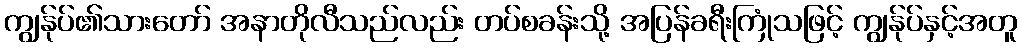
ကျွန်ုပ်၏သားတော် အနာတိုလီသည်လည်း တပ်စခန်းသို့ အပြန်ခရီးကြုံသဖြင့် ကျွန်ုပ်နှင့်အတူ